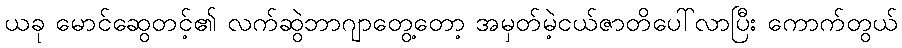
ယခု မောင်ဆွေတင့်၏ လက်ဆွဲဘာဂျာတွေ့တော့ အမှတ်မဲ့ငယ်ဇာတိပေါ်လာပြီး ကောက်တွယ်